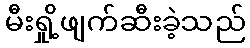
မီးရှို့ဖျက်ဆီးခဲ့သည်